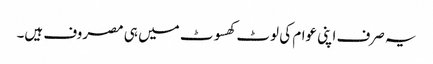
یہ صرف اپنی عوام کی لوٹ کھسوٹ میں ہی مصروف ہیں۔